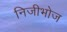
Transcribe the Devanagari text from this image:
निजीभोज